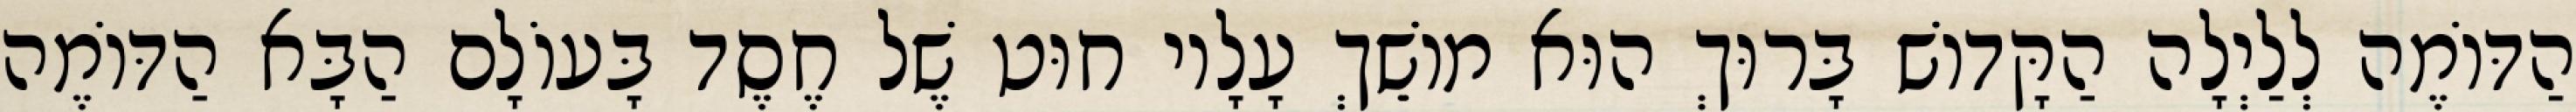
הַדּוֹמֶה לְלַיְלָה הַקָּדוֹשׁ בָּרוּךְ הוּא מוֹשֵׁךְ עָלָיו חוּט שֶׁל חֶסֶד בָּעוֹלָם הַבָּא הַדּוֹמֶה